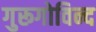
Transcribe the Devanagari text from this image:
गुरूगोविन्द